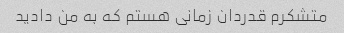
متشکرم قدردان زمانی هستم که به من دادید